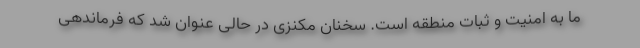
ما به امنیت و ثبات منطقه است. سخنان مکنزی در حالی عنوان شد که فرماندهی